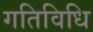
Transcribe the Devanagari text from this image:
गतिविधि